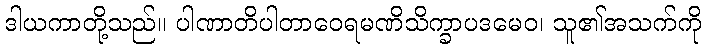
ဒါယကာတို့သည်။ ပါဏာတိပါတာဝေရမဏိသိက္ခာပဒမေဝ၊ သူ၏အသက်ကို